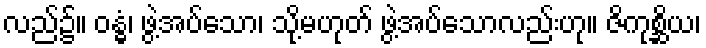
လည်၌။ ဝန္ဓံ၊ ဖွဲ့အပ်သော၊ သို့မဟုတ် ဖွဲ့အပ်သောလည်းဟု။ ဇိကုစ္ဆိယ၊